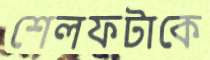
শেলফটাকে